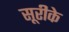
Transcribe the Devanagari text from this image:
सूरीके